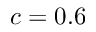
c = 0 . 6